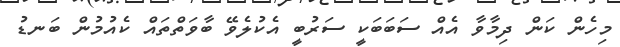
މިހެން ކަން ދިމާވާ އެއް ސަބަބަކީ ސަރުބީ އެކުލެވޭ ބާވަތްތައް ކެއުމުން ބަނޑު